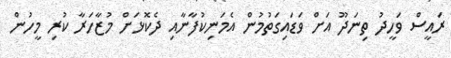
ރައީސް ވަހީދު ތިނަދޫ އަށް ވަޑައިގަތުމުން އެމަނިކުފާނާއި ދެކޮޅަށް މުޒާހަރާ ކުރި މީހުން